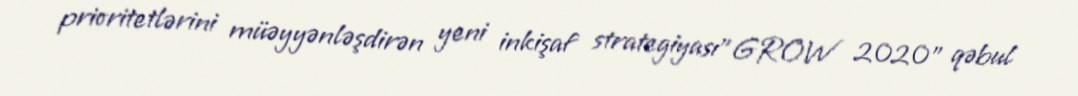
prioritetlərini müəyyənləşdirən yeni inkişaf strategiyası"GROW 2020" qəbul